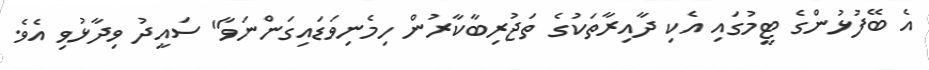
އެ ބޭފުޅުންގެ ޓީމުގައި އެކި ދާއިރާތަކުގެ ތަޖުރިބާކާރުން ހިމެނިވަޑައިގަންނަވާ" ސައީދު ވިދާޅުވި އެވެ.